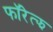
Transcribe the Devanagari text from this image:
फॉरेत्झ